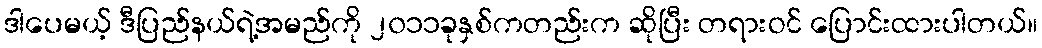
ဒါပေမယ့် ဒီပြည်နယ်ရဲ့အမည်ကို ၂၀၁၁ခုနှစ်ကတည်းက ဆိုပြီး တရားဝင် ပြောင်းထားပါတယ်။